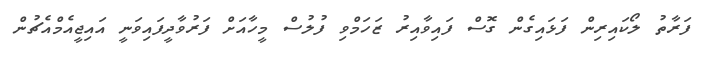
ފަރާތު ލޯކައިރިން ފަޅައިގެން ގޮސް ފައިވާއިރު ޒަހަމްވި ފުލުސް މީހާއަށް ފަރުވާދީފައިވަނީ އައިޖީއެމްއެޗުން